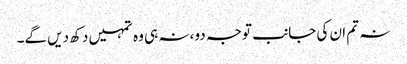
نہ تم ان کی جانب توجہ دو، نہ ہی وہ تمہیں دکھ دیں گے۔